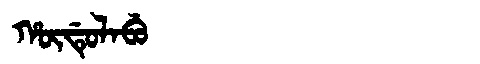
Manchu: ᡥᡡᡩᡠᠯᠠᠪᡠ
Romanization: HŪDULABU